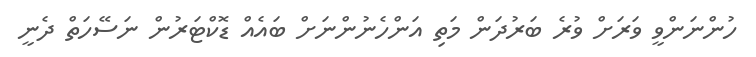
ހުންނަންވީ ވަރަށް ވުރެ ބަރުދަން މަތި އަންހެނުންނަށް ބައެއް ޑޮކްޓަރުން ނަސޭހަތް ދެނީ